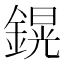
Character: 鎤